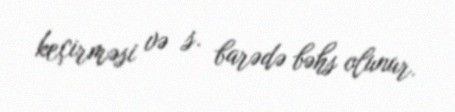
keçirməsi və s. barədə bəhs olunur.